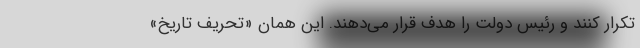
تکرار کنند و رئیس دولت را هدف قرار می‌دهند. این همان «تحریف تاریخ»